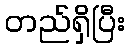
တည်ရှိပြီး